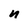
Character: n